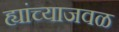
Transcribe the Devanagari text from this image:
ह्यांच्याजवळ